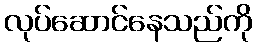
လုပ်ဆောင်နေသည်ကို